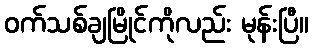
ဝက်သစ်ချမြိုင်ကိုလည်း မုန်းပြီ။